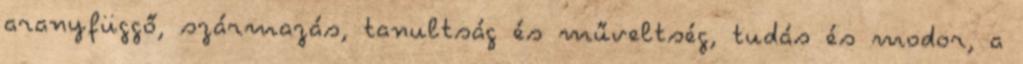
aranyfüggő, származás, tanultság és műveltség, tudás és modor, a